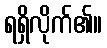
ရရှိလိုက်၏။